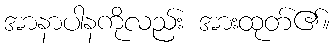
အာနာပါနကိုလည်း အားထုတ်၏။